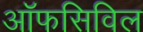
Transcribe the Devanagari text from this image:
ऑफसिविल